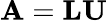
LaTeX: \mathbf{A}=\mathbf{LU}